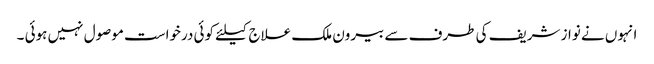
انہوں نے نواز شریف کی طرف سے بیرون ملک علاج کیلئے کوئی درخواست موصول نہیں ہوئی ۔